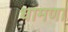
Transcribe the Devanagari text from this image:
धामणा